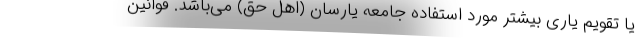
یا تقویم یاری بیشتر مورد استفاده جامعه یارسان (اهل حق) می‌باشد. قوانین